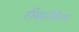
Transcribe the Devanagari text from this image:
रीकन्फिगर